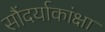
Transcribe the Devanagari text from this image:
सौंदर्याकांक्षा